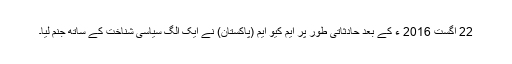
22 اگست 2016 ء کے بعد حادثاتی طور پر ایم کیو ایم (پاکستان) نے ایک الگ سیاسی شناخت کے ساتھ جنم لیا۔